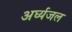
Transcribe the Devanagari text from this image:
अर्घ्यजल